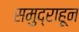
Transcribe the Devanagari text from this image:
समुद्राहून